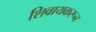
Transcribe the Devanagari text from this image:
शिवायकरून